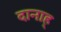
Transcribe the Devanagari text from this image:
दानाह्